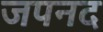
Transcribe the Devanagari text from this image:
जपनद